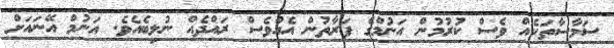
ސަމާސާތަކެއް ވެސް ކުރުމުން އަނުމްގެ ފަރާތުން އެއްވެސް ރައްދެއް ނުލިބެއެވެ. އަނުމް އޭނައަށް